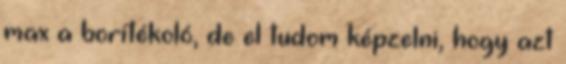
max a borítékoló, de el tudom képzelni, hogy azt